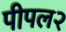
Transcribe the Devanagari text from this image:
पीपल२